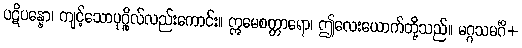
ပဋိပန္နော၊ ကျင့်သောပုဂ္ဂိုလ်လည်းကောင်း။ ဣမေစတ္တာရော၊ ဤလေးယောက်တို့သည်။ မဂ္ဂသမင်္ဂိ+